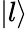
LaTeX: \left\lvert l\right\rangle